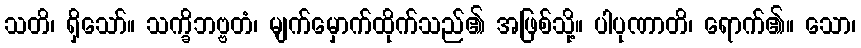
သတိ၊ ရှိသော်။ သက္ခိဘဗ္ဗတံ၊ မျက်မှောက်ထိုက်သည်၏ အဖြစ်သို့။ ပါပုဏာတိ၊ ရောက်၏။ သော၊